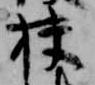
扶